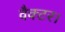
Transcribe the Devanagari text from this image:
वैक्टर।